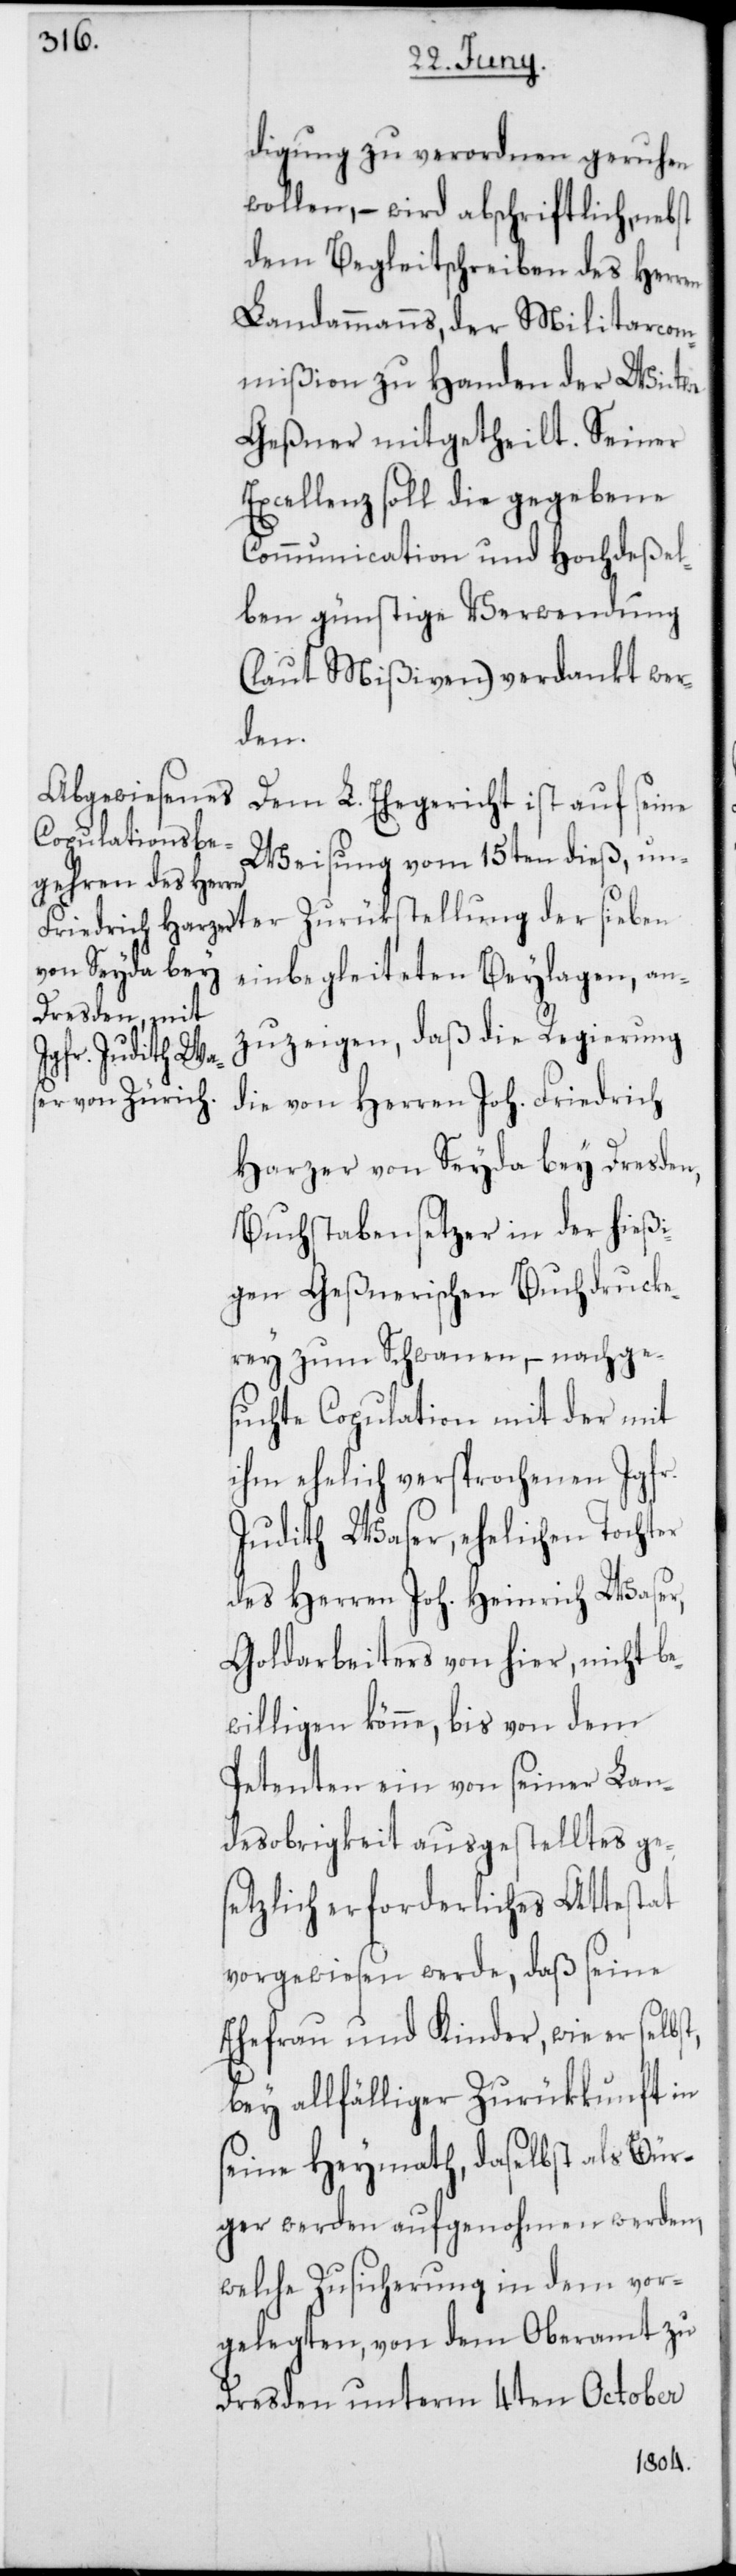
digung zu verordnen geruhen
wollen, – wird abschriftlich, nebst
dem Begleitschreiben des Herren
Landammanns, der Militarcom¬
mißion zu Handen der Witwe
Geßner mitgetheilt. Seiner
Excellenz soll die gegebene
Communication und Hochdeßel¬
ben günstige Verwendung
(laut Mißiven) verdankt wer¬
der
Dem L. Ehegericht ist auf seine
Weisung vom 15ten dieß, unter
einbegleiteten Beylagen, an¬
zuzeigen, daß die Regierung
die von Herren Joh. Friedrich
Harzer von Seyda bey Dresden,
Buchstabensetzer in der hießi¬
gen Geßnerischen Buchdrucke¬
rey zum Schwanen, – nachge¬
suchte Copulation mit der mit
ihm ehelich versprochenen Jgfr.
Judith Waser, ehelichen Tochter
des Herren Joh. Heinrich Waser,
Goldarbeiters von hier, nicht be¬
willigen könne, bis von dem
Petenten ein von seiner Lan¬
desobrigkeit ausgestelltes ges¬
etzlich erforderliches Attestat
vorgewiesen werde, daß seine
Ehefrau und Kinder, wie er selbst,
bey allfälliger Zurükkunft in
seine Heymath, daselbst als Bür¬
ger werden aufgenohmen werden,
welche Zusicherung in dem vor¬
gelegten, von dem Oberamt zu
Dresden unterm 4ten October